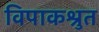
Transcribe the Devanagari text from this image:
विपाकश्रुत